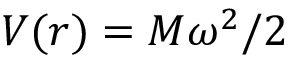
V ( r ) = M \omega ^ { 2 } / 2